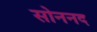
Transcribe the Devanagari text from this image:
सोननद